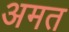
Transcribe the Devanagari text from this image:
अमत